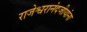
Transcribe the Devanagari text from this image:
राजेश्वरानंदजीयांना